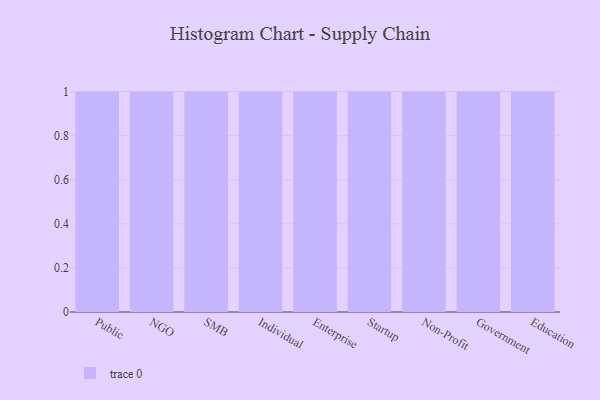
{"axis": {"x": "Segment", "y": "Demand Index"}, "legend": [""], "data": [{"x": "Public", "y": 49, "type": ""}, {"x": "NGO", "y": 4, "type": ""}, {"x": "SMB", "y": 61, "type": ""}, {"x": "Individual", "y": 70, "type": ""}, {"x": "Enterprise", "y": 7, "type": ""}, {"x": "Startup", "y": 65, "type": ""}, {"x": "Non-Profit", "y": 67, "type": ""}, {"x": "Government", "y": 42, "type": ""}, {"x": "Education", "y": 63, "type": ""}]}